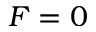
F = 0